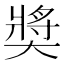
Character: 奬